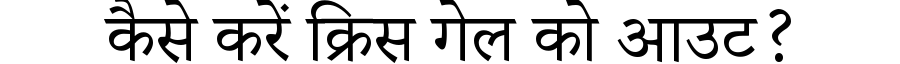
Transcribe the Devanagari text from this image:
कैसे करें क्रिस गेल को आउट?